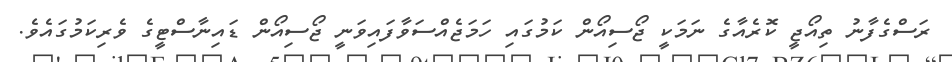
ރަސްގެފާނު ތިއޯޖީ ކޮރެއާގެ ނަމަކީ ޖޯސިއޯން ކަމުގައި ހަމަޖެއްސަވާފައިވަނީ ޖޯސިއޯން ޑައިނާސްޓީގެ ވެރިކަމުގައެވެ.